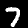
Label: 7